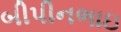
બીપીનભાઇ